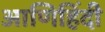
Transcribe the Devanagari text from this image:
आणिहिंदी